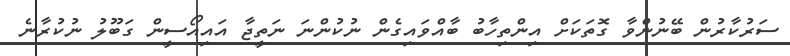
ސަރުކާރުން ބޭނުންވާ ގޮތަކަށް އިންތިހާބު ބާއްވައިގެން ނުކުންނަ ނަތީޖާ އައިއޯސީން ގަބޫލު ނުކުރާނެ